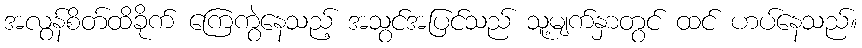
အလွန်စိတ်ထိခိုက် ကြေကွဲနေသည့် အသွင်အပြင်သည် သူ့မျက်နှာတွင် ထင် ဟပ်နေသည်။